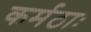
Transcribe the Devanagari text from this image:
कर्मठाः